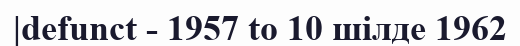
|defunct - 1957 to 10 шілде 1962